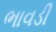
ભાવડી